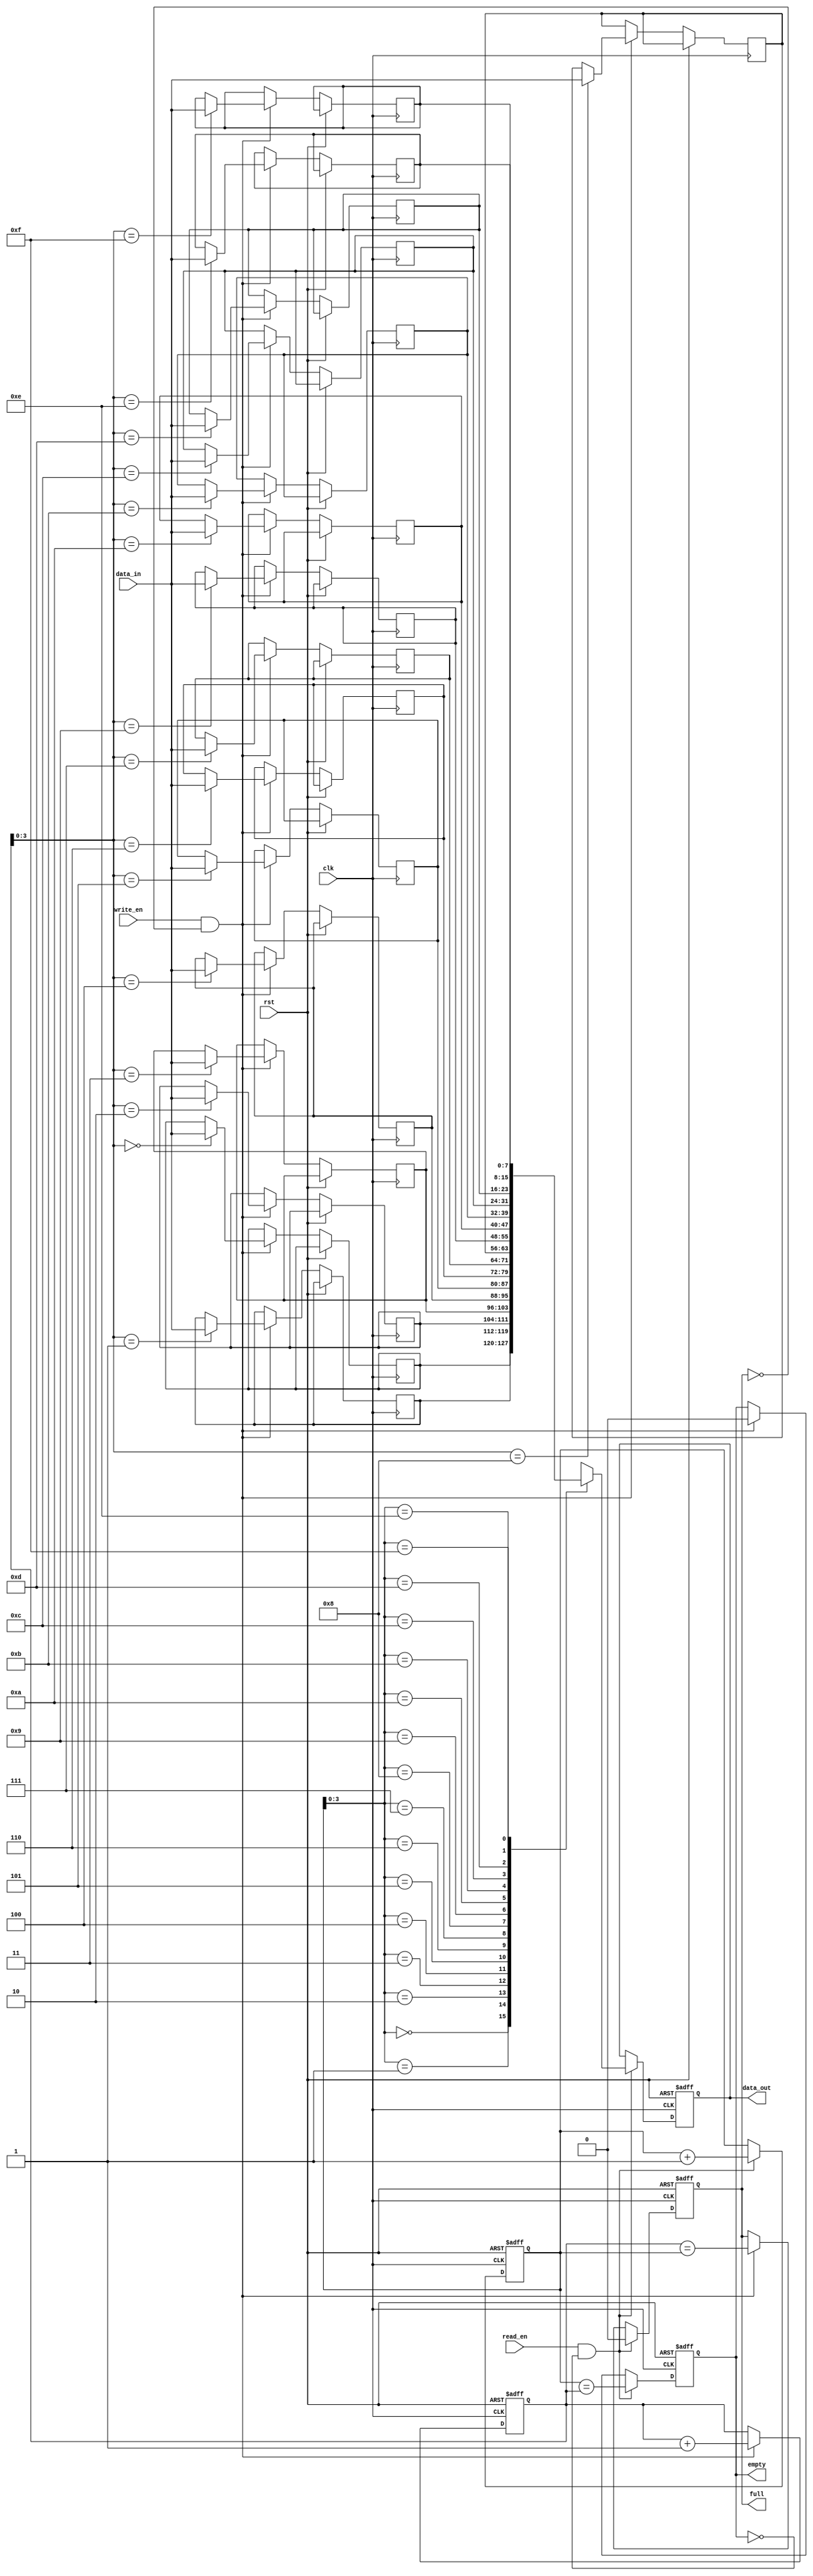
module synchronous_fifo (
  input wire clk,
  input wire rst,
  input wire write_en,
  input wire read_en,
  input wire [DATA_WIDTH-1:0] data_in,
  output reg [DATA_WIDTH-1:0] data_out,
  output reg full,
  output reg empty
);

parameter DEPTH = 16;
parameter DATA_WIDTH = 8;

reg [DATA_WIDTH-1:0] buffer [DEPTH-1:0];
reg [DEPTH-1:0] write_ptr, read_ptr;

always @(posedge clk or posedge rst) begin
  if (rst) begin
    write_ptr <= 0;
    read_ptr <= 0;
    full <= 0;
    empty <= 1;
    data_out <= 0;
  end else begin
    if (write_en && !full) begin
      buffer[write_ptr] <= data_in;
      write_ptr <= write_ptr + 1;
      full <= (write_ptr == read_ptr);
      empty <= 0;
    end

    if (read_en && !empty) begin
      data_out <= buffer[read_ptr];
      read_ptr <= read_ptr + 1;
      empty <= (read_ptr == write_ptr);
      full <= 0;
    end
  end
end

endmodule